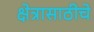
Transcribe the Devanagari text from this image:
क्षेत्रासाठीचे